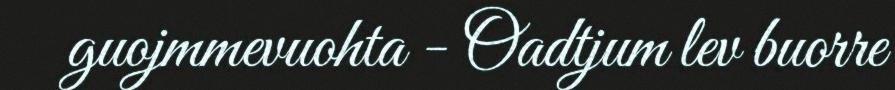
guojmmevuohta - Oadtjum lev buorre